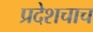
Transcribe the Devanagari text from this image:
प्रदेशचाच